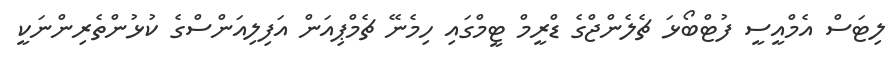
ލިޓަސް އެމްއީސީ ފުޓްބޯޅަ ޗެލެންޖްގެ ޑްރީމް ޓީމްގައި ހިމެނޭ ޗެމްޕިއަން އަފިލިއަންސްގެ ކުޅުންތެރިންނަކީ